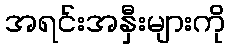
အရင်းအနှီးများကို